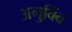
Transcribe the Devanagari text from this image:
अनुविंब